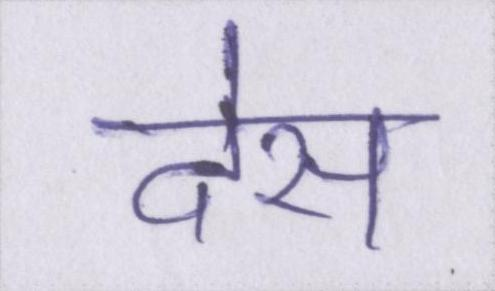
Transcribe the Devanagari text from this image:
देस